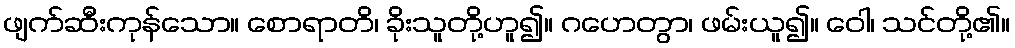
ဖျက်ဆီးကုန်သော။ စောရာတိ၊ ခိုးသူတို့ဟူ၍။ ဂဟေတွာ၊ ဖမ်းယူ၍။ ဝေါ၊ သင်တို့၏။